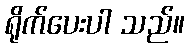
ရိုက်ပေးပါ သည်။